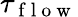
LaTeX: \tau_{\mathrm{~f~l~o~w~}}